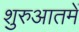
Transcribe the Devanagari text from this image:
शुरुआतमें